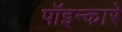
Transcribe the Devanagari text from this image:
पॉइन्कारे